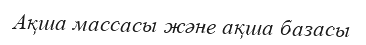
Ақша массасы және ақша базасы